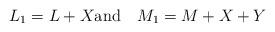
LaTeX: \begin{align*} L_1 = L + X\hbox{and\quad}M_1=M+X+Y\end{align*}